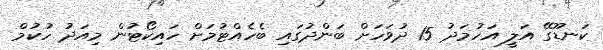
ކަނޑޫގޭ އަލީ އަހުމަދު 15 ދުވަހަށް ބަންދުގައި ބެހެއްޓުމަށް ހައިކޯޓުން މިއަދު ހުކުމް